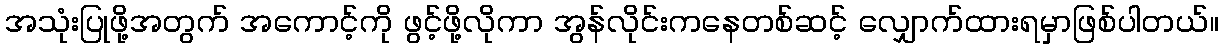
အသုံးပြုဖို့အတွက် အကောင့်ကို ဖွင့်ဖို့လိုကာ အွန်လိုင်းကနေတစ်ဆင့် လျှောက်ထားရမှာဖြစ်ပါတယ်။